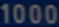
1000